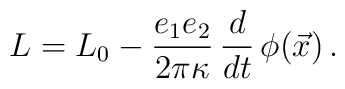
L = L_{0} - {e_{1} e_{2} \over 2\pi \kappa} \, {d\over dt} \, \phi(\vec{x})\, .